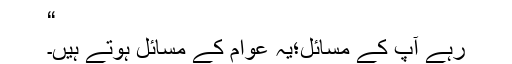
“
رہے آپ کے مسائل؛یہ عوام کے مسائل ہوتے ہیں۔